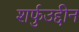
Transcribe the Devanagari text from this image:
शर्फुउद्दीन